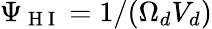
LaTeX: \Psi_{\mathrm{~H~I~}}=1/(\Omega_{d}V_{d})